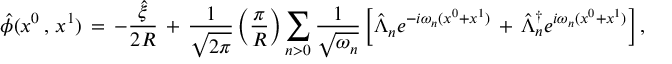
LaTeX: \hat { \phi } ( x ^ { 0 } \, , \, x ^ { 1 } ) \, = \, - \frac { \hat { \xi } } { 2 R } \, + \, \frac { 1 } { \sqrt { 2 \pi } } \left( \frac { \pi } { R } \right) \sum _ { n > 0 } \frac { 1 } { \sqrt { \omega _ { n } } } \left[ \hat { \Lambda } _ { n } e ^ { - i \omega _ { n } ( x ^ { 0 } + x ^ { 1 } ) } \, + \, \hat { \Lambda } _ { n } ^ { \dagger } e ^ { i \omega _ { n } ( x ^ { 0 } + x ^ { 1 } ) } \right] ,